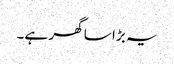
یہ بڑا سا گھر ہے۔